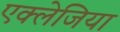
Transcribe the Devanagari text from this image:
एक्लेजिया